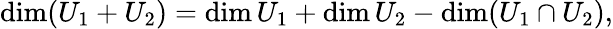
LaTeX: \dim(U_{1}+U_{2})=\dim U_{1}+\dim U_{2}-\dim(U_{1}\cap U_{2}),